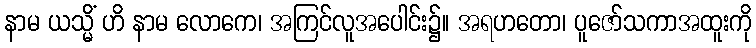
နာမ ယသ္မိံ ဟိ နာမ လောကေ၊ အကြင်လူအပေါင်း၌။ အရဟတော၊ ပူဇော်သကာအထူးကို